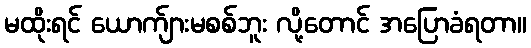
မထိုးရင် ယောက်ျားမစစ်ဘူး လို့တောင် အပြောခံရတာ။